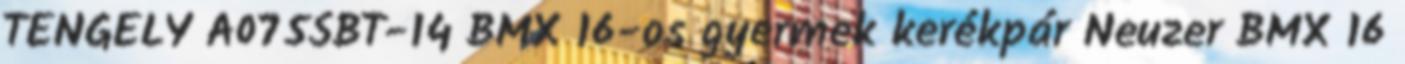
TENGELY A075SBT-14 BMX 16-os gyermek kerékpár Neuzer BMX 16